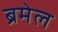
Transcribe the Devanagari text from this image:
ब्रमेल